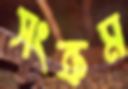
সংক্রম